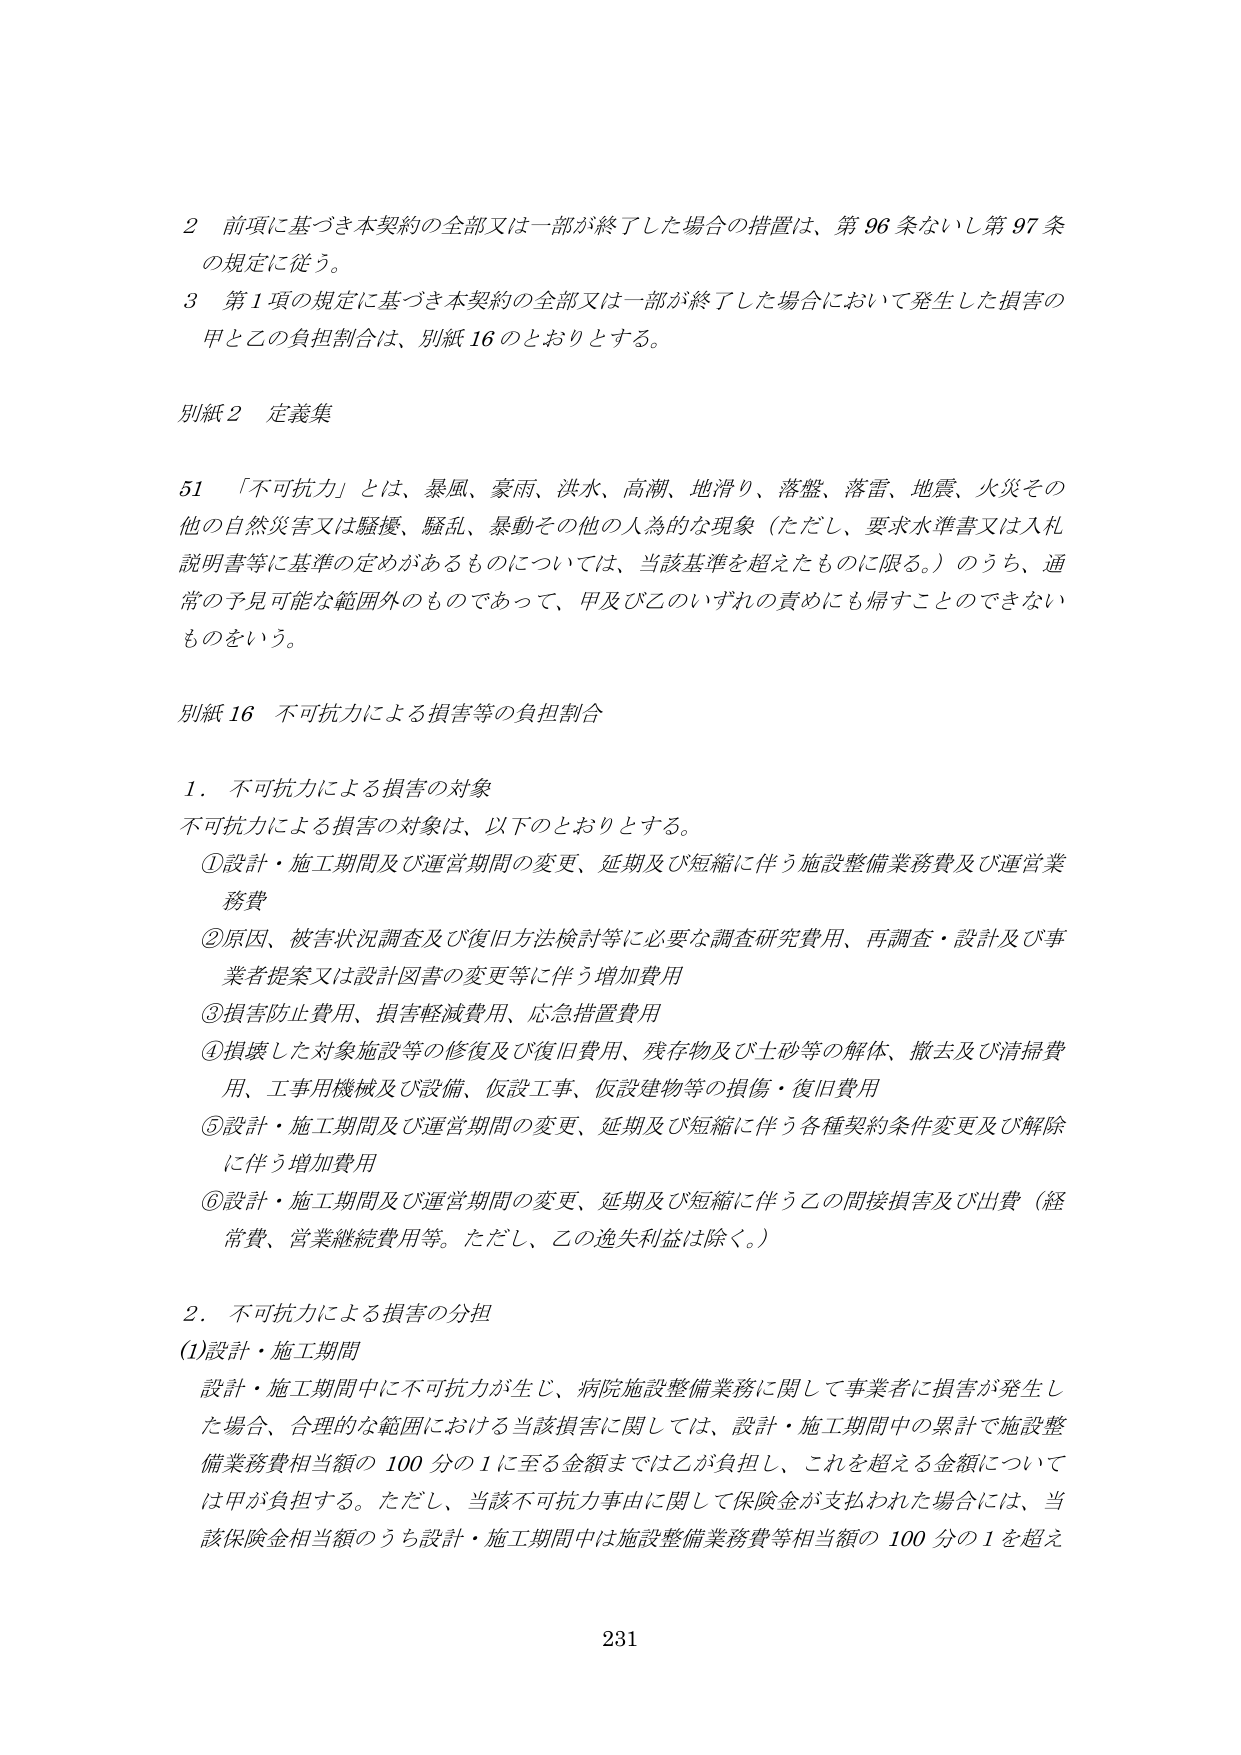
2 前項に基づき本契約の全部又は一部が終了した場合の措置は、第96条ないし第97条の規定に従う。

3 第1項の規定に基づき本契約の全部又は一部が終了した場合において発生した損害の甲と乙の負担割合は、別紙16のとおりとする。

別紙2 定義集

51 「不可抗力」とは、暴風、豪雨、洪水、高潮、地滑り、落盤、落雷、地震、火災その他の自然災害又は騒擾、騒乱、暴動その他の人為的な現象（ただし、要求水準書又は入札説明書等に基準の定めがあるものについては、当該基準を超えたものに限る。）のうち、通常の予見可能な範囲外のものであって、甲及び乙のいずれの責めにも帰すことのできないものをいう。

別紙16 不可抗力による損害等の負担割合

1．不可抗力による損害の対象
不可抗力による損害の対象は、以下のとおりとする。
①設計・施工期間及び運営期間の変更、延期及び短縮に伴う施設整備業務費及び運営業務費
②原因、被害状況調査及び復旧方法検討等に必要な調査研究費用、再調査・設計及び事業者提案又は設計図書の変更等に伴う増加費用
③損害防止費用、損害軽減費用、応急措置費用
④損壊した対象施設等の修復及び復旧費用、残存物及び土砂等の解体、撤去及び清掃費用、工事用機械及び設備、仮設工事、仮設建物等の損傷・復旧費用
⑤設計・施工期間及び運営期間の変更、延期及び短縮に伴う各種契約条件変更及び解除に伴う増加費用
⑥設計・施工期間及び運営期間の変更、延期及び短縮に伴う乙の間接損害及び出費（経常費、営業継続費用等。ただし、乙の逸失利益は除く。）

2．不可抗力による損害の分担
(1)設計・施工期間
設計・施工期間中に不可抗力が生じ、病院施設整備業務に関して事業者に損害が発生した場合、合理的な範囲における当該損害に関しては、設計・施工期間中の累計で施設整備業務費相当額の100分の1に至る金額までは乙が負担し、これを超える金額については甲が負担する。ただし、当該不可抗力事由に関して保険金が支払われた場合には、当該保険金相当額のうち設計・施工期間中は施設整備業務費等相当額の100分の1を超え

231